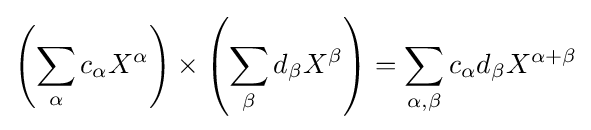
\left(\sum _{\alpha }c_{\alpha }X^{\alpha }\right)\times \left(\sum _{\beta }d_{\beta }X^{\beta }\right)=\sum _{\alpha ,\beta }c_{\alpha }d_{\beta }X^{\alpha +\beta }